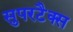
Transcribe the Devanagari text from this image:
सुपरटैक्स